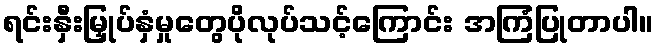
ရင်းနှီးမြှုပ်နှံမှုတွေပိုလုပ်သင့်ကြောင်း အကြံပြုတာပါ။